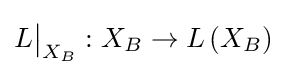
L{\big \vert }_{X_{B}}:X_{B}\to L\left(X_{B}\right)